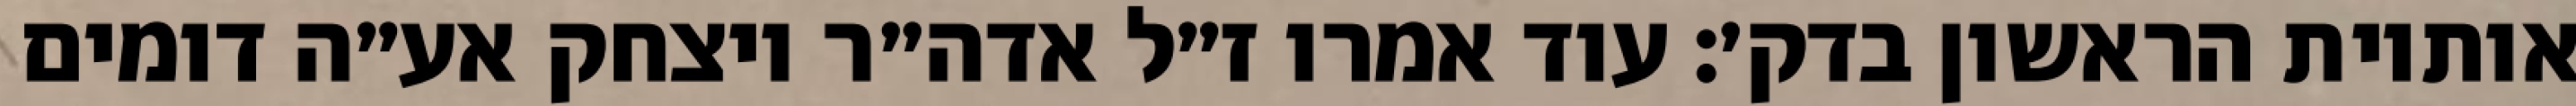
אותיות הראשון בדק׳: עוד אמרו ז״ל אדה״ר ויצחק אע״ה דומים